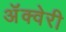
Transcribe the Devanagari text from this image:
अॅक्वेरी